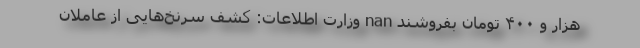
هزار و ۴۰۰ تومان بفروشند nan وزارت اطلاعات: کشف سرنخ‌هایی از عاملان